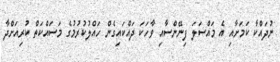
ނުދައްކާ ކަމަށާއި އެ މައްސަލަ ފިނޭންސާއި ވާހަކަ ދައްކައިގެން ހައްލުކުރުމުގެ މަސައްކަތް ކުރިއަށްދާ